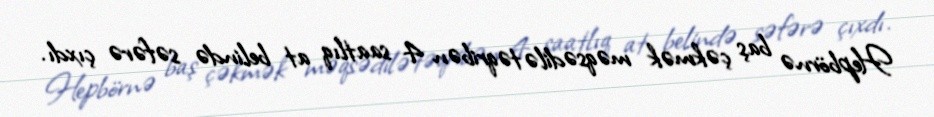
Hepbörnə baş çəkmək məqsədilə təqribən 4 saatlıq at belində səfərə çıxdı.